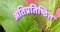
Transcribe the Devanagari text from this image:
अतिप्रतिष्ठित